Annual report of the Camel Specialist
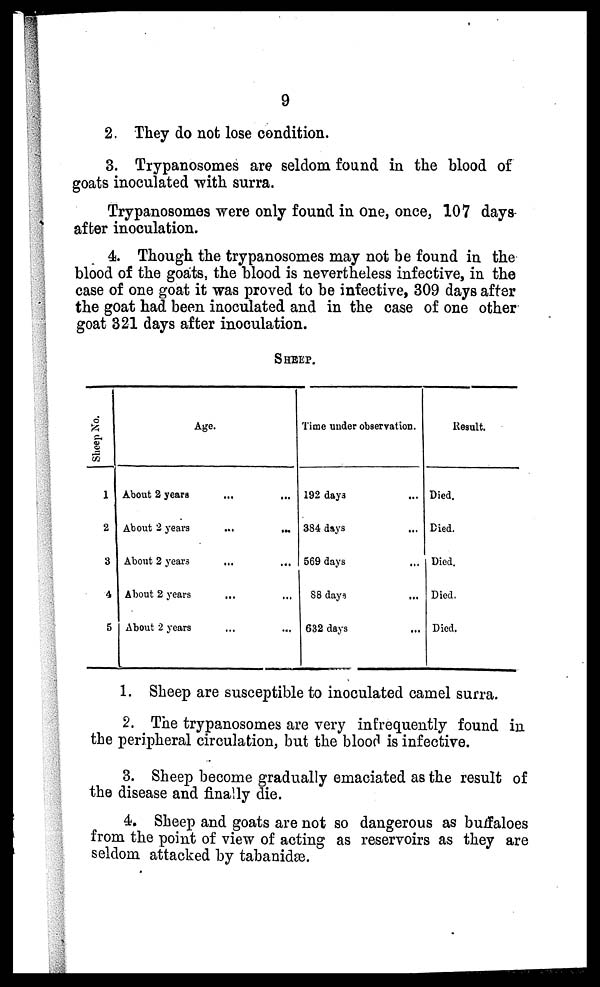
9
2. They do not lose condition.
3. Trypanosomes are seldom found in the blood of
goats inoculated with surra.
Trypanosomes were only found in one, once, 107 days-
after inoculation.
4. Though the trypanosomes may not be found in the
blood of the goats, the blood is nevertheless infective, in the
case of one goat it was proved to be infective, 309 days after
the goat had been inoculated and in the case of one other
goat 321 days after inoculation.
SHEEP.
Sheep No.
1
2
3
4
5
Age.
About 2 years ... ...
About 2 years
...
...
About 2 years ... ...
About 2 years ... ...
About 2 years ... ...
Time under observation.
192 days ...
384 days ...
569 days ...
88 days ...
632 days ...
Result.
Died.
Died.
Died.
Died.
Died.
1. Sheep are susceptible to inoculated camel surra.
2. The trypanosomes are very infrequently found in
the peripheral circulation, but the blood is infective.
3. Sheep become gradually emaciated as the result of
the disease and finally die.
4. Sheep and goats are not so dangerous as buffaloes
from the point of view of acting as reservoirs as they are
seldom attacked by tabanidæ.